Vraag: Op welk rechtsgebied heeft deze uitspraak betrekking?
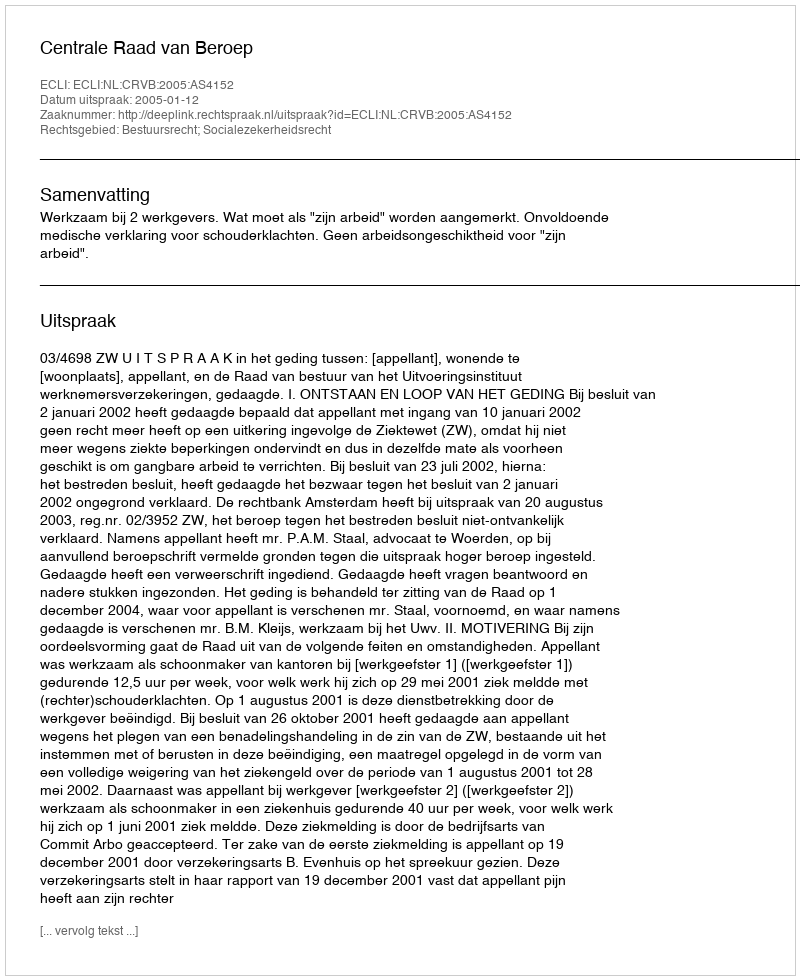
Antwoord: Bestuursrecht; Socialezekerheidsrecht